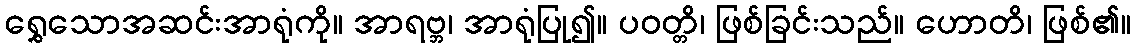
ရွှေသောအဆင်းအာရုံကို။ အာရဗ္ဘ၊ အာရုံပြု၍။ ပဝတ္တိ၊ ဖြစ်ခြင်းသည်။ ဟောတိ၊ ဖြစ်၏။